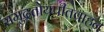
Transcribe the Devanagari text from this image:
समुद्रतोयपीतवाहन